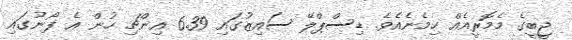
ޖީބީގެ މެމޮރީއެއް ހިމެނެއެވެ. ޑިސްޕްލޭ ސައިޒުގައި 6.39 އިންޗި ހުން އެ ފޯނުގައި